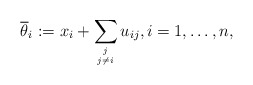
\begin{gather*} \overline{\theta}_i := x_i+\sum_{j \atop j \not= i} u_{ij}, i=1,\ldots,n, \end{gather*}